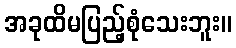
အခုထိမပြည့်စုံသေးဘူး။